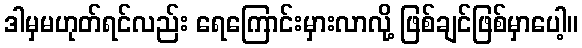
ဒါမှမဟုတ်ရင်လည်း ရေကြောင်းမှားလာလို့ ဖြစ်ချင်ဖြစ်မှာပေါ့။